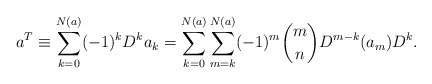
\begin{align*}a^T \equiv \sum_{k=0}^{N(a)} (-1)^k D^k a_k = \sum_{k=0}^{N(a)}\sum_{m=k}^{N(a)} (-1)^m {m \choose n} D^{m-k} (a_m) D^k. \end{align*}